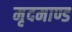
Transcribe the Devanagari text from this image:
मृदमाण्ड